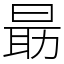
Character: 朂